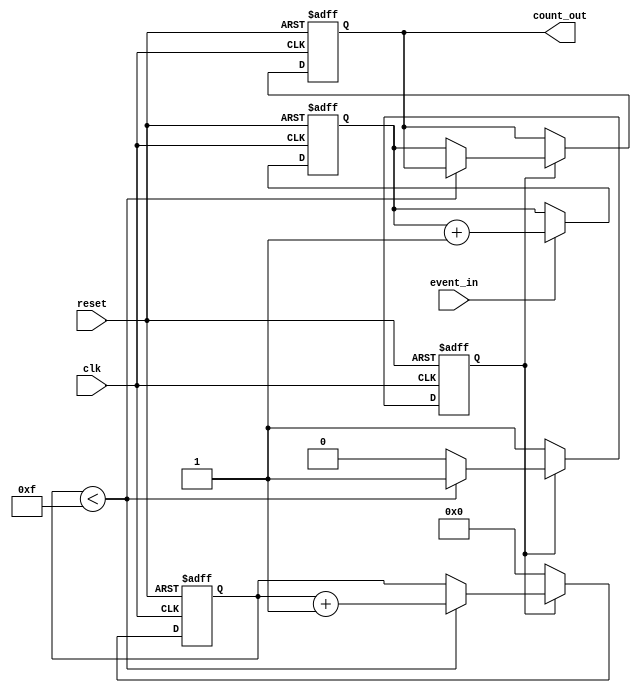
module windowed_counter #(
    parameter WINDOW_SIZE = 16 // Configurable window size
) (
    input wire clk,              // Clock signal
    input wire reset,            // Asynchronous reset
    input wire event_in,         // Event signal to be counted
    output reg [7:0] count_out   // Count output (assuming max count < 256)
);

    reg [7:0] count;             // Counter for events
    reg [3:0] window_timer;      // Timer for window size (up to 15)
    reg window_active;           // Flag to indicate if counting window is active

    // Synchronize with rising edge of clock
    always @(posedge clk or posedge reset) begin
        if (reset) begin
            // Reset condition
            count <= 0;
            count_out <= 0;
            window_timer <= 0;
            window_active <= 1'b0; // Start with window inactive
        end 
        else begin
            // Check if within the window period
            if (window_active) begin
                // Increment the count on event occurrence
                if (event_in) begin
                    count <= count + 1;
                end
                
                // Increment the window timer
                if (window_timer < WINDOW_SIZE - 1) begin
                    window_timer <= window_timer + 1;
                end
                else begin
                    // Reset window timer and maintain count_out
                    window_active <= 1'b0; // Deactivate window after it completes
                    count_out <= count;    // Hold the current count output
                end
            end
            else begin
                // Start a new window
                if (event_in) begin
                    // If an event occurs, initialize count
                    count <= count + 1;
                end
                
                // Activate counting window
                window_active <= 1'b1;
                window_timer <= 0; // Reset window timer to start counting
            end
        end
    end

endmodule